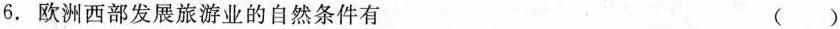
6.欧洲西部发展旅游业的自然条件有 ( )